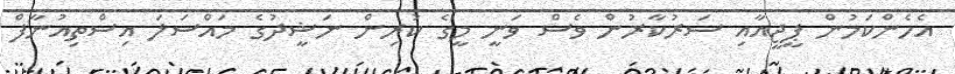
އެހެންކަމުން ޕީޖީއާއި ސަރުކާރުން ވެސް ވަނީ މީގެ ކުރިން ނަޝީދުގެ މައްސަލަ އިސްތިއުނާފް